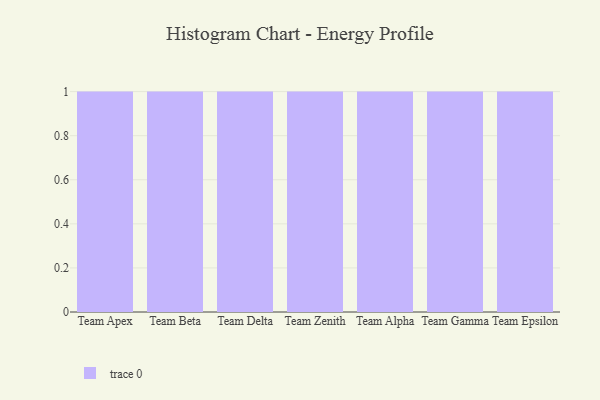
{"axis": {"x": "Team", "y": "Production Output"}, "legend": [""], "data": [{"x": "Team Apex", "y": 57, "type": ""}, {"x": "Team Beta", "y": 8, "type": ""}, {"x": "Team Delta", "y": 33, "type": ""}, {"x": "Team Zenith", "y": 10, "type": ""}, {"x": "Team Alpha", "y": 41, "type": ""}, {"x": "Team Gamma", "y": 28, "type": ""}, {"x": "Team Epsilon", "y": 60, "type": ""}]}